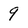
Character: 9